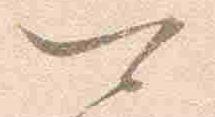
可